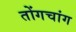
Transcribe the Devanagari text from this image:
तोंगचांग